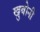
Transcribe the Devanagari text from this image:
खुबोनी